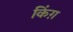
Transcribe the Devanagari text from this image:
किंग़